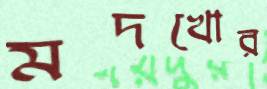
মদখোর